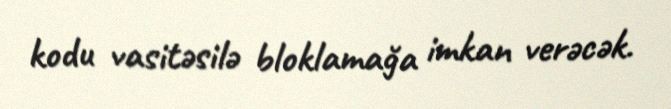
kodu vasitəsilə bloklamağa imkan verəcək.